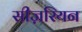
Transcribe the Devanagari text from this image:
सीज़रियन